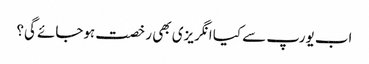
اب یورپ سے کیا انگریزی بھی رخصت ہوجائے گی؟